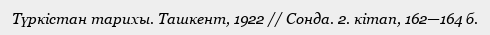
Түркістан тарихы. Ташкент, 1922 // Сонда. 2. кітап, 162—164 б.